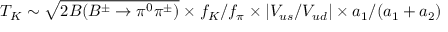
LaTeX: T _ { K } \sim \sqrt { 2 { \cal B } ( B ^ { \pm } \to \pi ^ { 0 } \pi ^ { \pm } ) } \times f _ { K } / f _ { \pi } \times | V _ { u s } / V _ { u d } | \times a _ { 1 } / ( a _ { 1 } + a _ { 2 } )